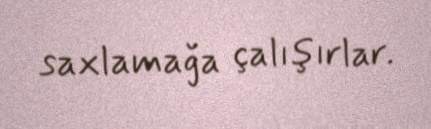
saxlamağa çalışırlar.